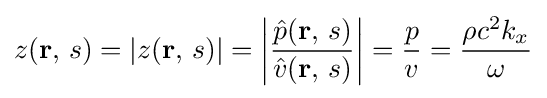
z(\mathbf {r} ,\,s)=|z(\mathbf {r} ,\,s)|=\left|{\frac {{\hat {p}}(\mathbf {r} ,\,s)}{{\hat {v}}(\mathbf {r} ,\,s)}}\right|={\frac {p}{v}}={\frac {\rho c^{2}k_{x}}{\omega }}